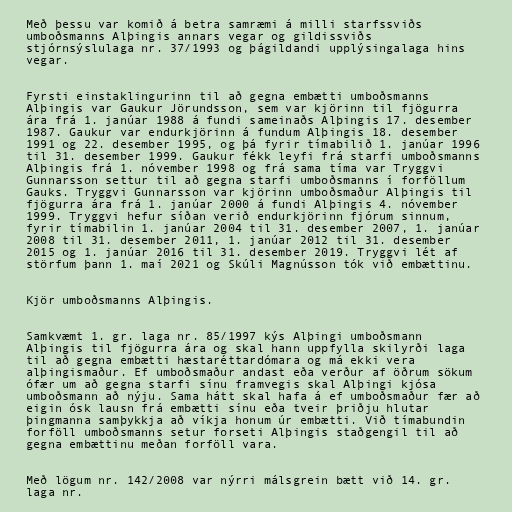
Með þessu var komið á betra samræmi á milli starfssviðs
umboðsmanns Alþingis annars vegar og gildissviðs
stjórnsýslulaga nr. 37/1993 og þágildandi upplýsingalaga hins
vegar.

Fyrsti einstaklingurinn til að gegna embætti umboðsmanns
Alþingis var Gaukur Jörundsson, sem var kjörinn til fjögurra
ára frá 1. janúar 1988 á fundi sameinaðs Alþingis 17. desember
1987. Gaukur var endurkjörinn á fundum Alþingis 18. desember
1991 og 22. desember 1995, og þá fyrir tímabilið 1. janúar 1996
til 31. desember 1999. Gaukur fékk leyfi frá starfi umboðsmanns
Alþingis frá 1. nóvember 1998 og frá sama tíma var Tryggvi
Gunnarsson settur til að gegna starfi umboðsmanns í forföllum
Gauks. Tryggvi Gunnarsson var kjörinn umboðsmaður Alþingis til
fjögurra ára frá 1. janúar 2000 á fundi Alþingis 4. nóvember
1999. Tryggvi hefur síðan verið endurkjörinn fjórum sinnum,
fyrir tímabilin 1. janúar 2004 til 31. desember 2007, 1. janúar
2008 til 31. desember 2011, 1. janúar 2012 til 31. desember
2015 og 1. janúar 2016 til 31. desember 2019. Tryggvi lét af
störfum þann 1. maí 2021 og Skúli Magnússon tók við embættinu.

Kjör umboðsmanns Alþingis.

Samkvæmt 1. gr. laga nr. 85/1997 kýs Alþingi umboðsmann
Alþingis til fjögurra ára og skal hann uppfylla skilyrði laga
til að gegna embætti hæstaréttardómara og má ekki vera
alþingismaður. Ef umboðsmaður andast eða verður af öðrum sökum
ófær um að gegna starfi sínu framvegis skal Alþingi kjósa
umboðsmann að nýju. Sama hátt skal hafa á ef umboðsmaður fær að
eigin ósk lausn frá embætti sínu eða tveir þriðju hlutar
þingmanna samþykkja að víkja honum úr embætti. Við tímabundin
forföll umboðsmanns setur forseti Alþingis staðgengil til að
gegna embættinu meðan forföll vara.

Með lögum nr. 142/2008 var nýrri málsgrein bætt við 14. gr.
laga nr.